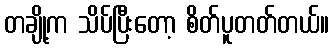
တချို့က သိပ်ပြီးတော့ စိတ်ပူတတ်တယ်။